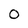
Character: 0